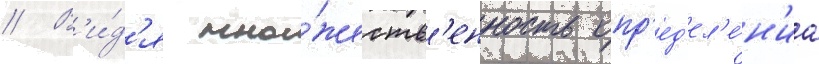
// В'и́д'я мно́жеств'енность опр'ед'ел'е́н'иа